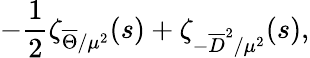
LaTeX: -{\frac{1}{2}}\zeta_{\overline{{{\Theta}}}/\mu^{2}}(s)+\zeta_{-\overline{{{D}}}^{2}/\mu^{2}}(s),